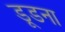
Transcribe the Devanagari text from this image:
डूडना